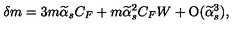
\delta m = 3 m \widetilde \alpha _ { s } C _ { F } + m \widetilde \alpha _ { s } ^ { 2 } C _ { F } W + \mathrm { O } ( \widetilde \alpha _ { s } ^ { 3 } ) ,